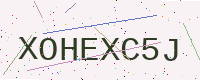
Text: XOHEXC5J